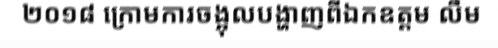
២០១៨ ក្រោមការចង្អុលបង្ហាញពីឯកឧត្តម លឹម